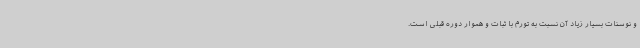
و نوسنات بسیار زیاد آن نسبت به تورم با ثبات و هموار دوره قبلی است.